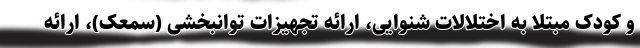
و کودک مبتلا به اختلالات شنوایی، ارائه تجهیزات توانبخشی (سمعک)، ارائه